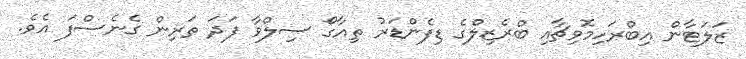
ޒަލަޓާން އިބްރަހިމޮވިޗާއި ބްރެޒިލްގެ ޑިފެންޑަރު ތިއާގޯ ސިލްވާ ފަދަ ތަރިން ގެނެސްފަ އެވެ.